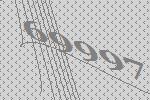
69997